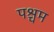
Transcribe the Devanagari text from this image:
पश्चम